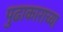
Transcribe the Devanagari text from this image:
पुढाकाराच्या